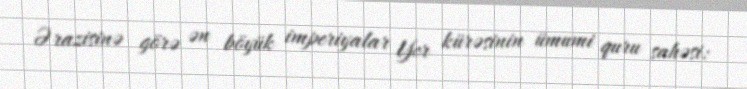
Ərazisinə görə ən böyük imperiyalar Yer kürəsinin ümumi quru sahəsi: